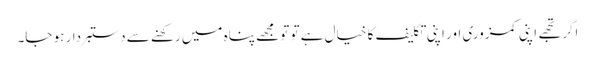
اگر تجھے اپنی کمزوری اور اپنی تکلیف کا خیال ہے تو تو مجھے پناہ میں رکھنے سے دستبردار ہو جا۔